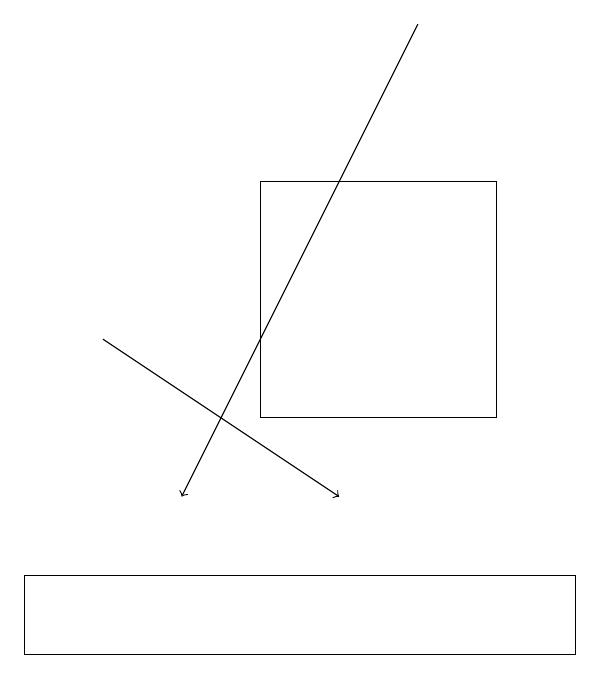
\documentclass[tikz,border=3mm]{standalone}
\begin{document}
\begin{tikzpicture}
\draw[->] (6,19) -- (3,13);
\draw (4,14) rectangle (7,17);
\draw (1,12) rectangle (8,11);
\draw[->] (2,15) -- (5,13);
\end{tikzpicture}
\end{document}